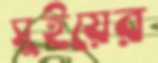
সুইয়ের